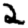
Digit: 2